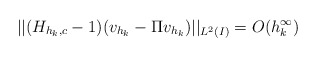
\begin{align*} ||(H_{h_k,c} - 1)(v_{h_k} - \Pi v_{h_k})||_{L^2(I)} = O(h_k^\infty)\end{align*}